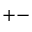
{ + - }